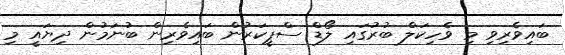
ބައިވެރިވި މި ވެހިކަލް ބުރުގައި ލޯޑް ސްޕީކަރުން ބައިވެރިން ބުނަމުން ދިޔައީ މި